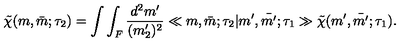
\tilde { \chi } ( m , \bar { m } ; \tau _ { 2 } ) = \int \int _ { F } \frac { d ^ { 2 } m ^ { \prime } } { ( m _ { 2 } ^ { \prime } ) ^ { 2 } } \ll m , \bar { m } ; \tau _ { 2 } | m ^ { \prime } , \bar { m ^ { \prime } } ; \tau _ { 1 } \gg \tilde { \chi } ( m ^ { \prime } , \bar { m ^ { \prime } } ; \tau _ { 1 } ) .